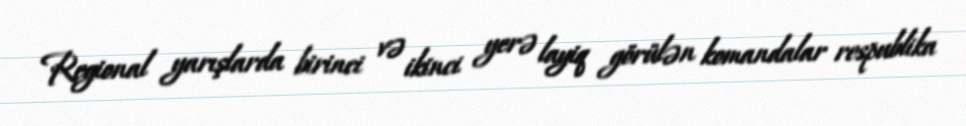
Regional yarışlarda birinci və ikinci yerə layiq görülən komandalar respublika